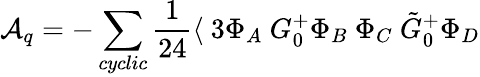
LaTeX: {\cal A}_{q}=-\sum_{cyclic}\frac{1}{24}\langle~3\Phi_{A}~G_{0}^{+}\Phi_{B}~\Phi_{C}~\tilde{G}_{0}^{+}\Phi_{D}